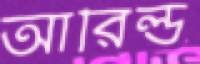
আরিল্ড